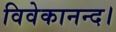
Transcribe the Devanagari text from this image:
विवेकानन्द।